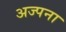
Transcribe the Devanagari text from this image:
अज्पना